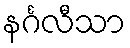
နင်္ဂလီသာ